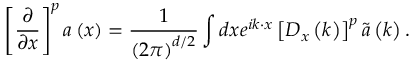
\left[ \frac { \partial } { \partial x } \right] ^ { p } \boldsymbol { a } \left( \boldsymbol { x } \right) = \frac { 1 } { \left( 2 \pi \right) ^ { d / 2 } } \int d \boldsymbol { x } e ^ { i \boldsymbol { k } \cdot \boldsymbol { x } } \left[ D _ { x } \left( \boldsymbol { k } \right) \right] ^ { p } \tilde { \boldsymbol { a } } \left( \boldsymbol { k } \right) .